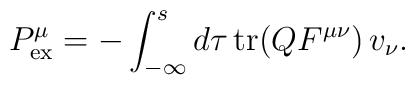
{P}^\mu_{{\rm ex}}=-\int_{-\infty}^{ s} d\tau\, {\rm tr}(QF^{\mu\nu})\,v_\nu.